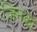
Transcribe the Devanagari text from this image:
जिंनका